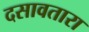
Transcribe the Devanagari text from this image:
दसावतारा